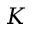
K